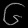
Digit: ၆